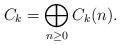
LaTeX: \begin{align*}C_{k}=\bigoplus_{n\geq0}C_{k}(n).\end{align*}